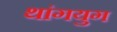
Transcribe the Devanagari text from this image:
थांगयुग